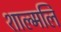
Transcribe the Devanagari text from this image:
शाल्मलि